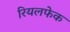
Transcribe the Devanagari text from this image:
रियलफेक